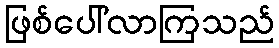
ဖြစ်ပေါ်လာကြသည်